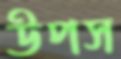
উপস